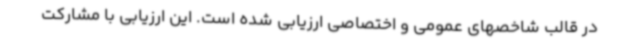
در قالب شاخصهای عمومی و اختصاصی ارزیابی شده است. این ارزیابی با مشارکت